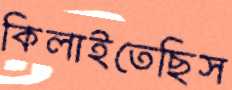
কিলাইতেছিস